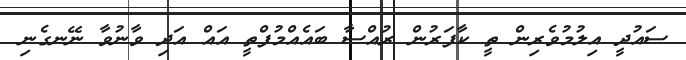
ސައުދީ އިލުމުވެރިން ތީ ކާފަރުން ރުއްސާ ބައެއްމުފްތީ އައް އަދި ވާނުވާ ނޭނގެނި